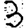
Digit: 3